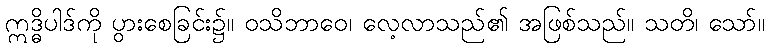
ဣဒ္ဓိပါဒ်ကို ပွားစေခြင်း၌။ ဝသိဘာဝေ၊ လေ့လာသည်၏ အဖြစ်သည်။ သတိ၊ သော်။